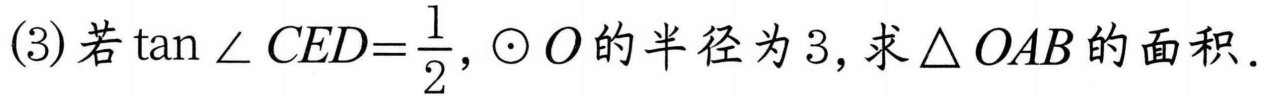
(3)若\(\tan\angle CED=\frac{1}{2}\),\(\odot O\)的半径为\(3\),求\(\triangle OAB\)的面积.